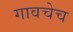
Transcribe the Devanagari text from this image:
गावचेच